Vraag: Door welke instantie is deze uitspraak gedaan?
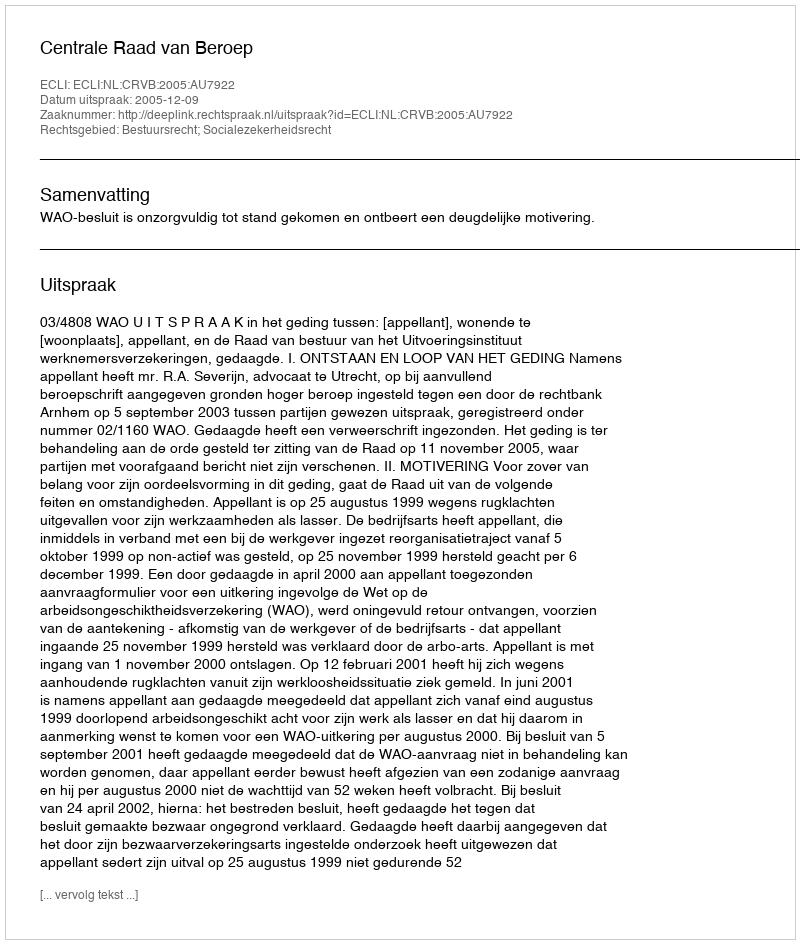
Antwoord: Centrale Raad van Beroep